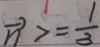
\overrightarrow { n } > = \frac { 1 } { 3 }